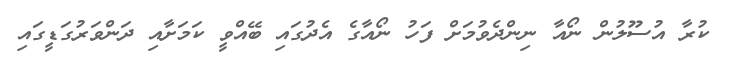
ކުރާ އުސޫލުން ނޯއާ ނިންދެވުމަށް ފަހު ނޯއާގެ އެދުގައި ބޭއްވީ ކަމަށާއި ދަންވަރުގަޑީގައި